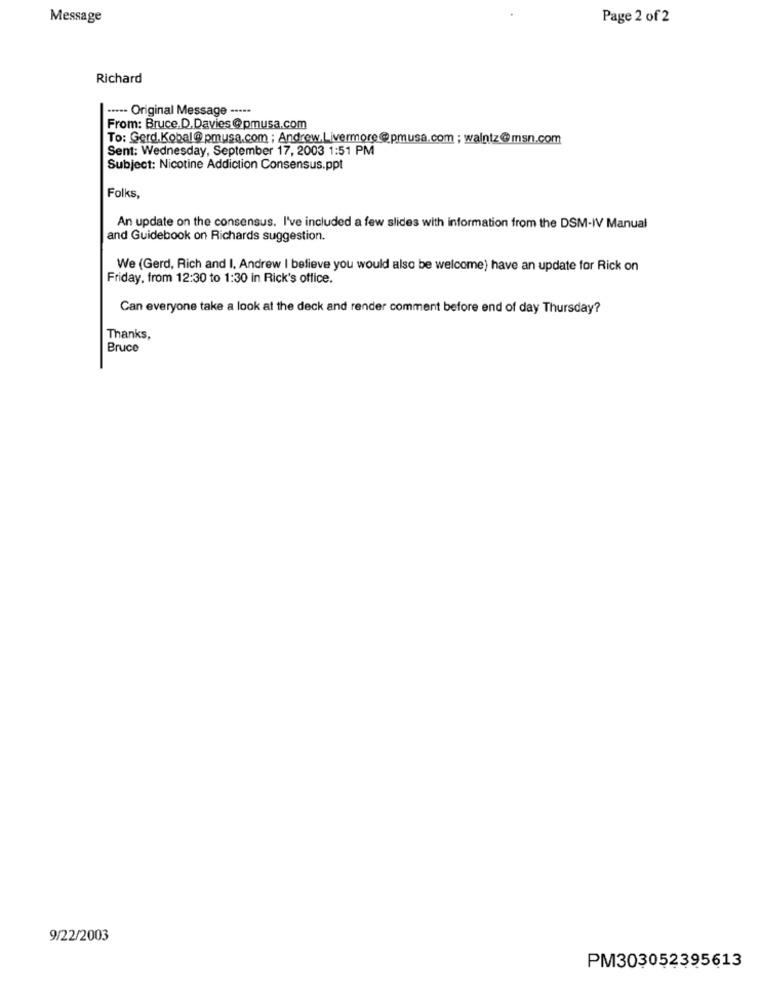
Message
Page 2 of 2
Richard
···-- Original Message -----
From: Bruce. D.Davies@pmusa.com
To: Gerd.Kobal@ pmusa.com ; Andrew, Livermore@pmusa.com ; walntz@msn.com
Sent: Wednesday, September 17, 2003 1:51 PM
Subject: Nicotine Addiction Consensus.ppt
Folks,
An update on the consensus. I've included a few slides with information from the DSM-IV Manual
and Guidebook on Richards suggestion.
We (Gerd, Rich and I. Andrew I believe you would also be welcome) have an update for Rick on
Friday, from 12:30 to 1:30 in Rick's office.
Can everyone take a look at the deck and render comment before end of day Thursday?
Thanks,
Bruce
9/22/2003
PM303052395613